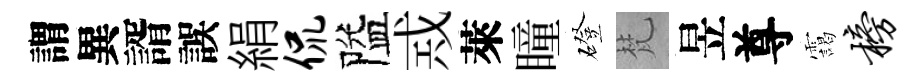
謂異諝誤絹侃隘𢦶萊瞳磴梵昱尊靄榜